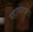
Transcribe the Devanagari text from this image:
महास्फ़ोटातून